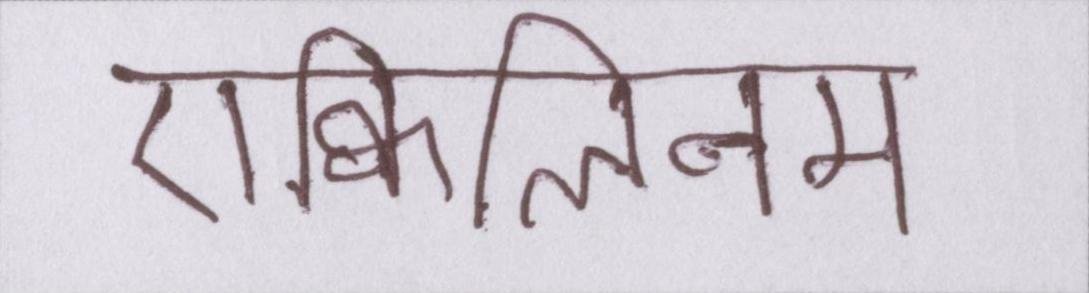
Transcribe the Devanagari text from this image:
एक्विलिनम